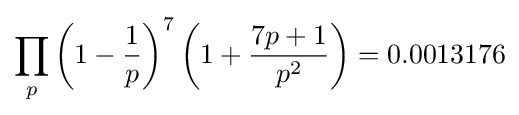
\prod _{p}\left(1-{\frac {1}{p}}\right)^{7}\left(1+{\frac {7p+1}{p^{2}}}\right)=0.0013176